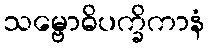
သမ္ဗောဓိပက္ခိကာနံ